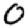
Digit: 0